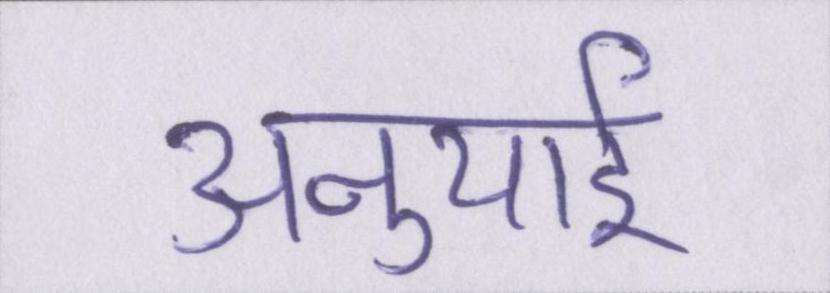
अनुयाई